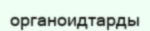
органоидтарды